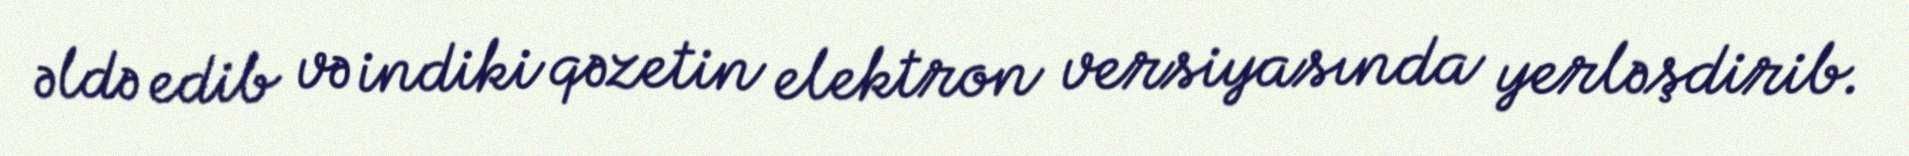
əldə edib və indiki qəzetin elektron versiyasında yerləşdirib.